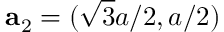
\mathbf { a } _ { 2 } = ( \sqrt { 3 } a / 2 , a / 2 )